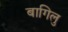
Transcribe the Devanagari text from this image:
बागिलु